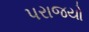
પરાજયો